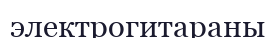
электрогитараны